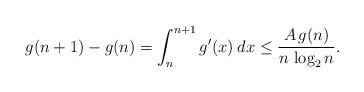
LaTeX: \begin{align*}g(n+1) - g(n) = \int_{n}^{n+1}{g'(x) \: dx} \leq \frac{A \, g(n)}{n \, \log_{2}{n}}.\end{align*}